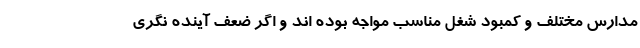
مدارس مختلف و کمبود شغل مناسب مواجه بوده اند و اگر ضعف آینده نگری